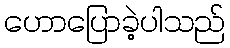
ဟောပြောခဲ့ပါသည်